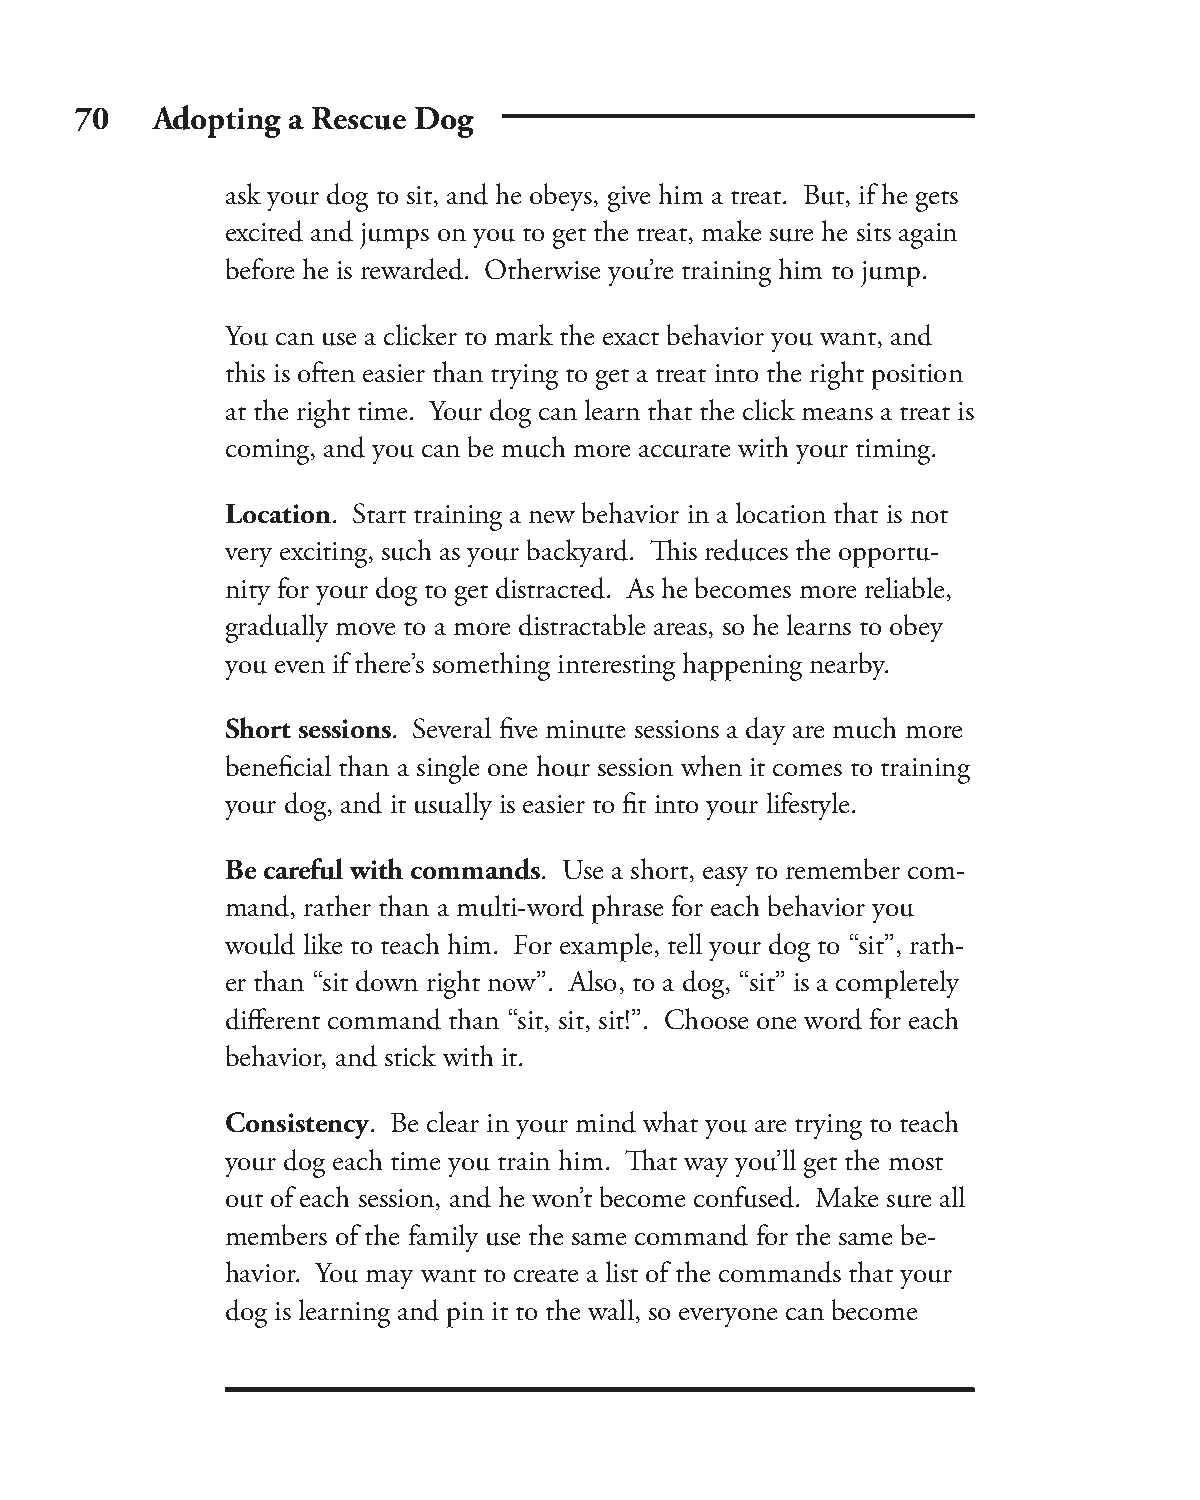
70   Adopting a Rescue Dog
 ask your dog to sit, and he obeys, give him a treat. But, if he gets
 excited and jumps on you to get the treat, make sure he sits again
 before he is rewarded. Otherwise you’re training him to jump.
 You can use a clicker to mark the exact behavior you want, and
 this is often easier than trying to get a treat into the right position
 at the right time. Your dog can learn that the click means a treat is
 coming, and you can be much more accurate with your timing.
 Location. Start training a new behavior in a location that is not
 very exciting, such as your backyard. Th is reduces the opportu-
 nity for your dog to get distracted. As he becomes more reliable,
 gradually move to a more distractable areas, so he learns to obey
 you even if there’s something interesting happening nearby.
 Short sessions. Several fi ve minute sessions a day are much more
 benefi cial than a single one hour session when it comes to training
 your dog, and it usually is easier to fi t into your lifestyle.
 Be careful with commands. Use a short, easy to remember com-
 mand, rather than a multi-word phrase for each behavior you
 would like to teach him. For example, tell your dog to “sit”, rath-
 er than “sit down right now”. Also, to a dog, “sit” is a completely
 diff erent command than “sit, sit, sit!”. Choose one word for each
 behavior, and stick with it.
 Consistency. Be clear in your mind what you are trying to teach
 your dog each time you train him. Th at way you’ll get the most
 out of each session, and he won’t become confused. Make sure all
 members of the family use the same command for the same be-
 havior. You may want to create a list of the commands that your
 dog is learning and pin it to the wall, so everyone can become